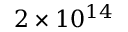
2 \times 1 0 ^ { 1 4 }